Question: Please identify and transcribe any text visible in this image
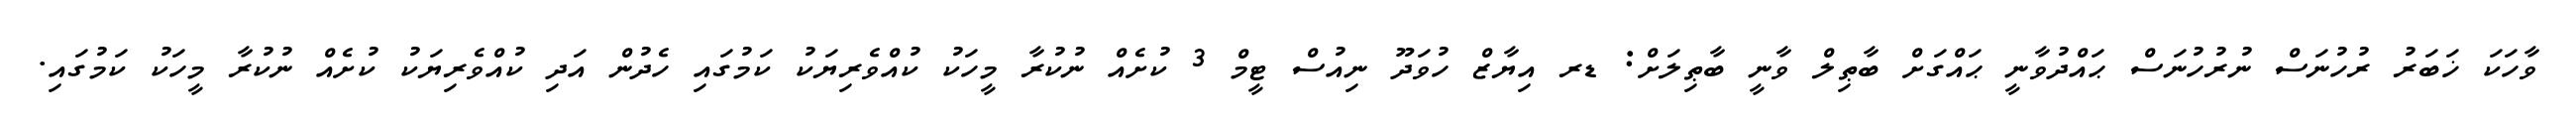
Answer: ވާހަކަ ޚަބަރު ރުހުނަސް ނުރުހުނަސް ޙައްދުވާނީ ޙައްގަށް ބާޠިލް ވާނީ ބާޠިލަށް: ޑރ އިޔާޒް ހުވަދޫ ނިއުސް ޓީމް 3 ކުށެއް ނުކުރާ މީހަކު ކުއްވެރިޔަކު ކަމުގައި ހެދުން އަދި ކުއްވެރިޔަކު ކުށެއް ނުކުރާ މީހަކު ކަމުގައި.